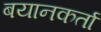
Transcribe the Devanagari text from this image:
बयानकर्ता